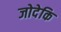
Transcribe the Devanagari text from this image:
जोदेकि